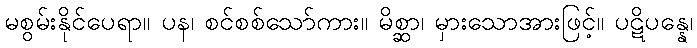
မစွမ်းနိုင်ပေရာ။ ပန၊ စင်စစ်သော်ကား။ မိစ္ဆာ၊ မှားသောအားဖြင့်။ ပဋိပန္နေ၊